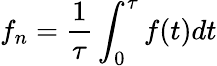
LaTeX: f_{n}=\frac{1}{\tau}\int_{0}^{\tau}f(t)dt